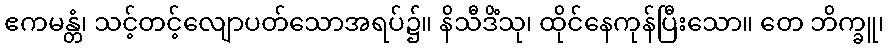
ဧကမန္တံ၊ သင့်တင့်လျောပတ်သောအရပ်၌။ နိသီဒိံသု၊ ထိုင်နေကုန်ပြီးသော။ တေ ဘိက္ခူ၊